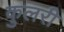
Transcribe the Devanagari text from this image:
कुलरी